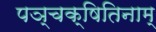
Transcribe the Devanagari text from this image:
पञ्चक्षितिनाम्